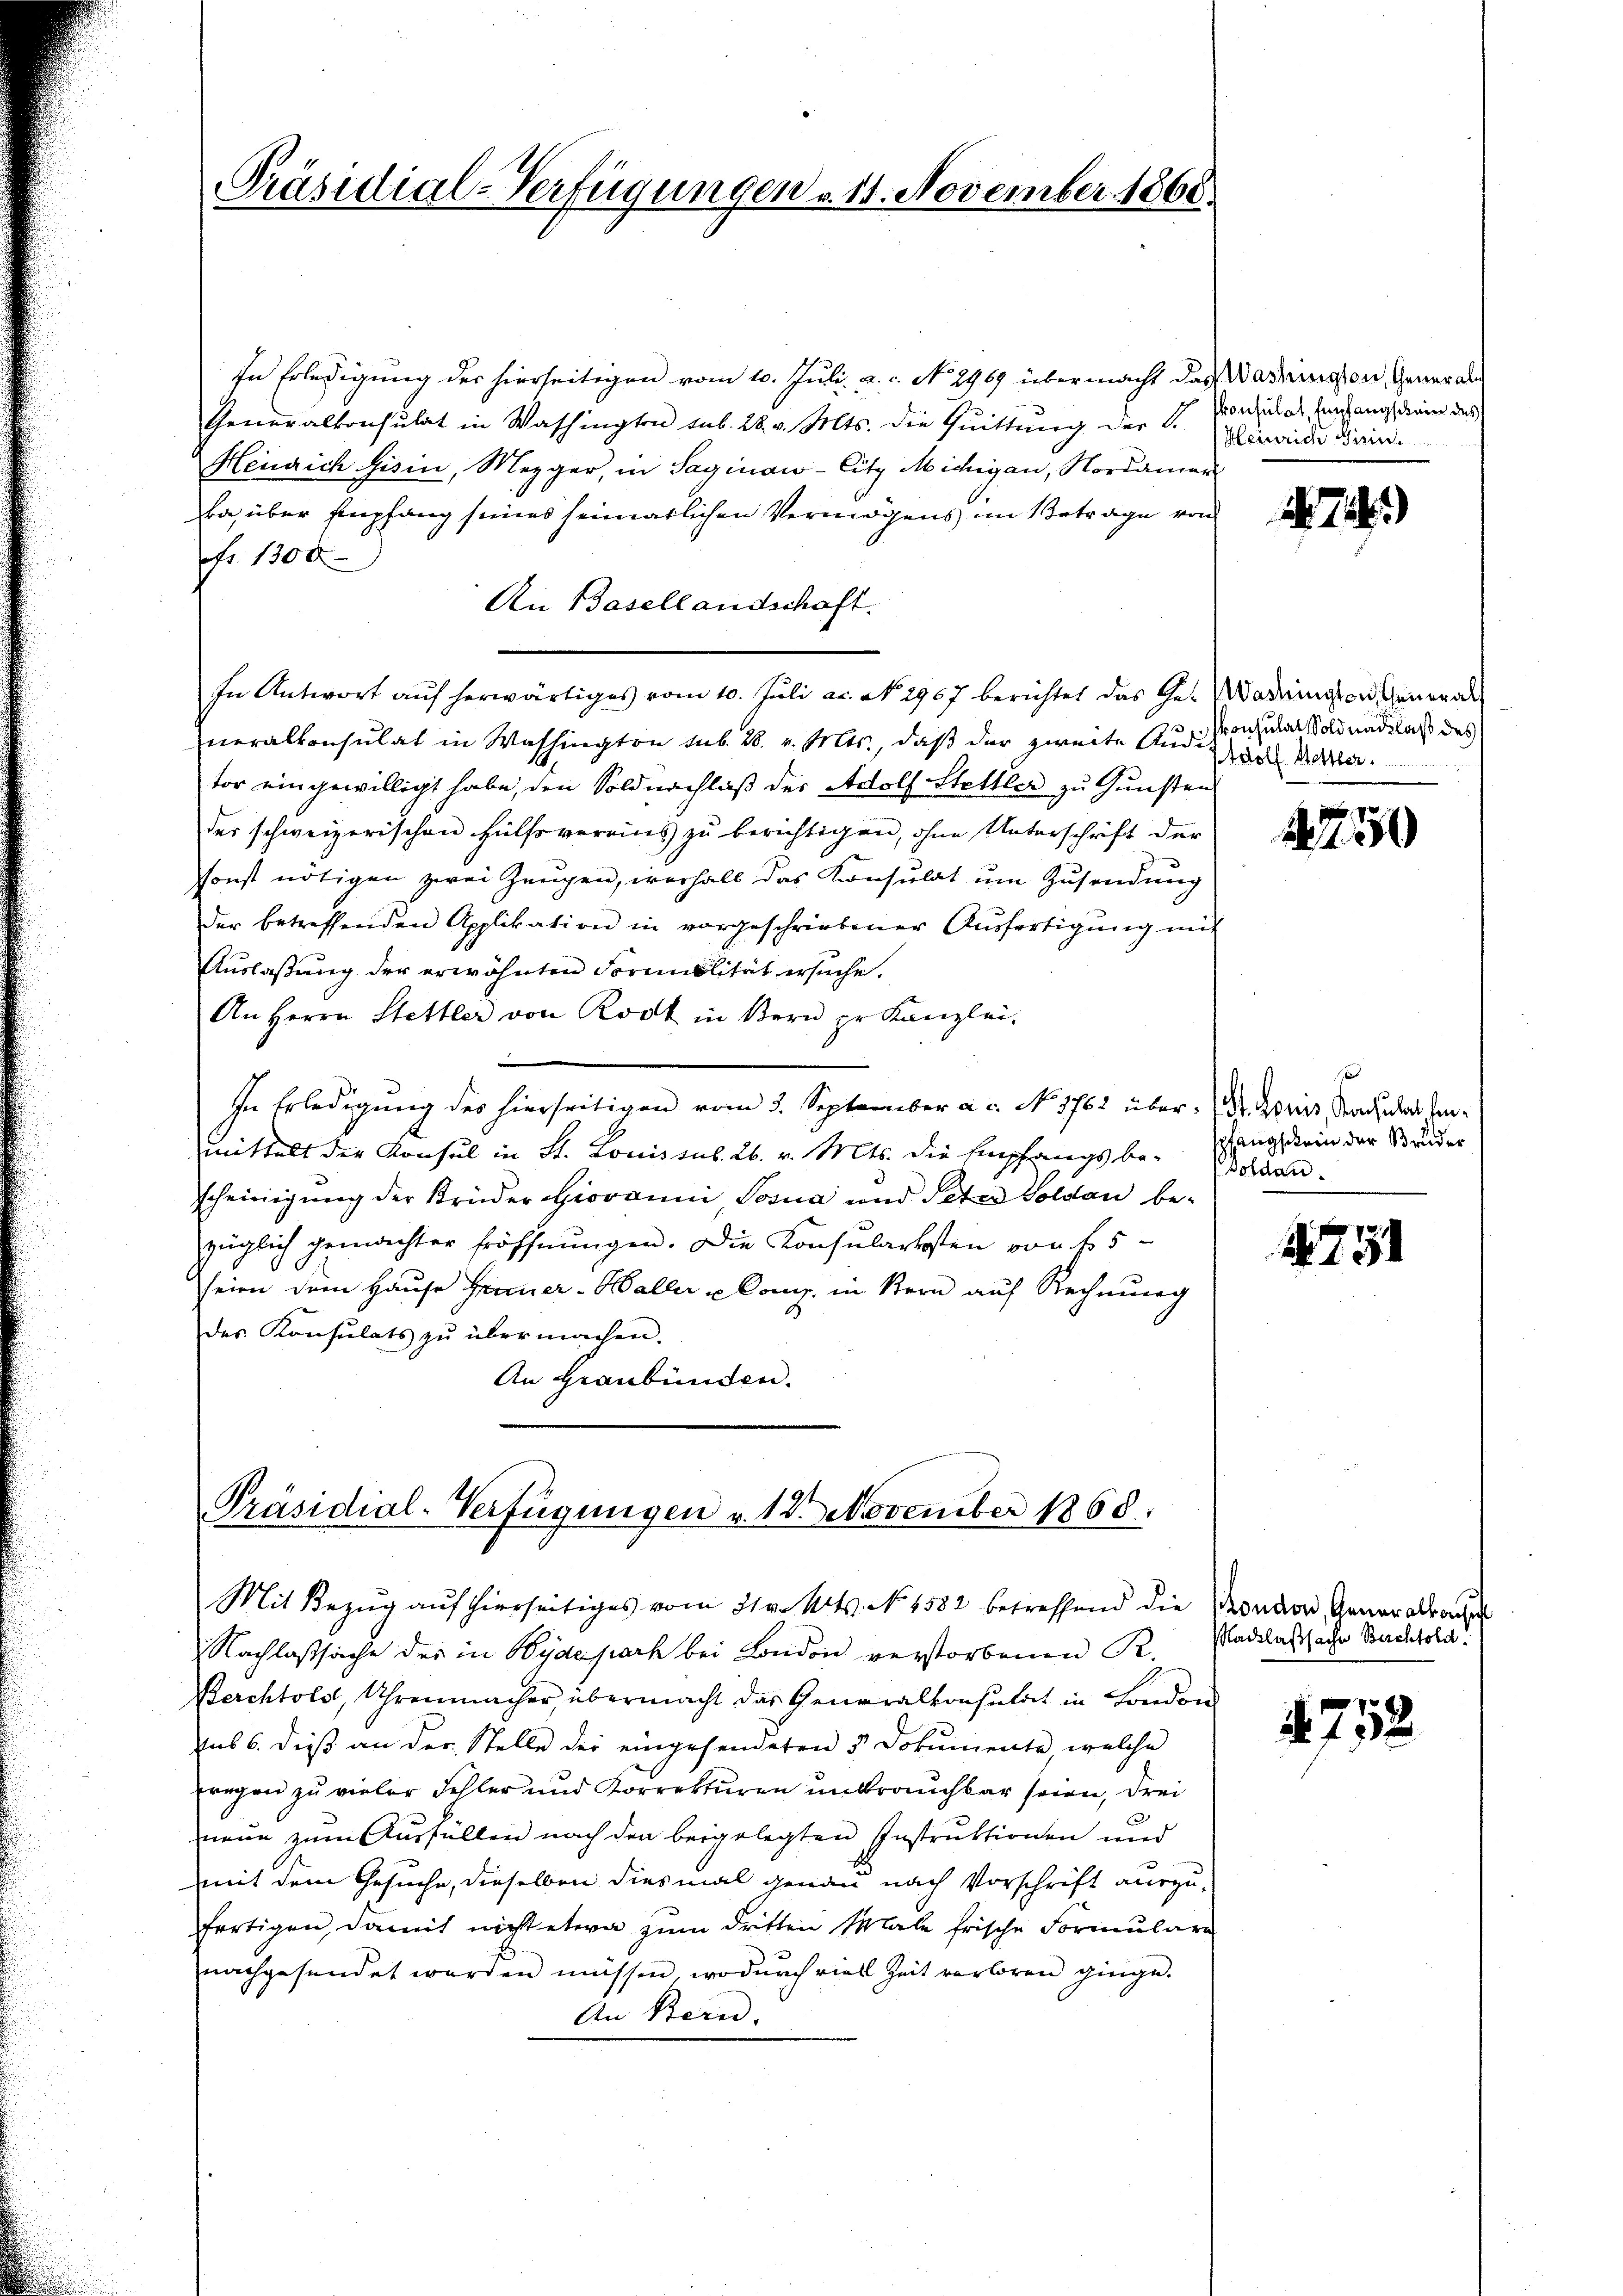
Präsidial-Verfügungen u. 11. November 1868.

In Erledigung der hierseitigen vom 10. Juli a.c. No. 2969 übermacht das Washington, General¬
Generalkonsulat in Washington sub. 28. v. Mts. die Quittung der Glinaide Friede
Heinrich Gisin, Mezger, in Saginaw-Citz Michigen, Nordamen
Ba über Empfang seines seimatlichen Vermögens im Betrage von
fr. 1300
An Basellandschaft.
In Antwort auf herwärtiges vom 10. Juli a. N. 2967 berichtet das Ge¬ Wadington General
neralkonsulat in Washington sub. 28. v. Mts., daß der zweite Audi-
tor eingewilligt habe, den Soldnachlaß des Adolf Stelller zu Gunsten
der schweizerischen Hülfsvereins zu berichtigen, ohne Unterschrift der
sonst nötigen zwei Zeugen, verhalb das Konsulat um Zusendung
der betreffenden Applikation in vorgeschriebener Aŭsfertigŭng mit
Auslaßung der erwähnten Formalität ersuche.
An Herrn Stettler von Rost in Bern pr. Kanzlei-
In Erledigung des hierseitigen vom 3. September a. c. No. 1762 über. Dr. Kreis, Nach der Einmittelt der Konsul in St. Louis sub. 26. v. Mts. die Empfangsbe-Soldanscheinigung der Brüder Giovanni Sosua und Peter Soldau bezüglich gemachter Eröffnŭngen. Die Konsularkosten von 45
seien dem Hause Frauer-Haller u Comp. in Stern auf Rechnung
des Konsulats zŭ übermachen.
An Graubünden.

Präsidial-Verfügungen v. 12. November 1868.
Mit Bezug auf hierseitiges vom 31 v. Mts. No. 1582 betreffend die Prondon Generalkonse

Nachlaßsache des in Wydepart bei London verstorbenen R.
Berchtold, Uhrenmacher, übermacht das Generalkonsulat in London
ius 6. dieß an der Stelle der eingesendeten 5 Dokumente, welche
zregen zu vieler Fehler und Korrekturen unbrauchbar seien, drei
neun zum Ausfüllen nach den beigelegten Instruktionen und
mit dem Gesuche, dieselben diesmal genau nach Vorschrift auszufertigen, damit nicht etwa zum dritten Male frische Formulare
nachgesendet werden müssen, wodŭrch viel Zeit verloren ginge.
An Bern.

skonsulat Empfangschein des

1726)

konsulat Soldnachlaß des
Wolf Hettler

1750

spfangschein der Bruder

1731

Nachlaßsache Berchtold.

4752